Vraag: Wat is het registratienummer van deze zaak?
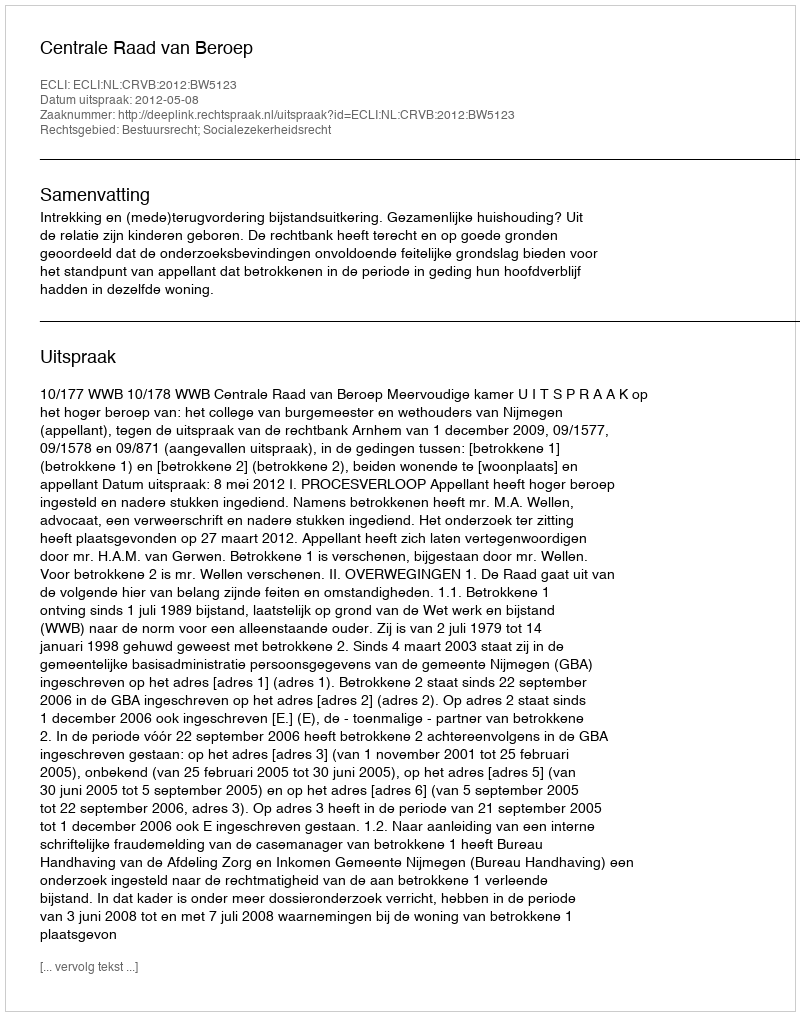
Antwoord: http://deeplink.rechtspraak.nl/uitspraak?id=ECLI:NL:CRVB:2012:BW5123